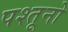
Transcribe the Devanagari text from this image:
पश्तूनो